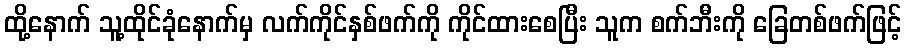
ထို့နောက် သူ့ထိုင်ခုံနောက်မှ လက်ကိုင်နှစ်ဖက်ကို ကိုင်ထားစေပြီး သူက စက်ဘီးကို ခြေတစ်ဖက်ဖြင့်